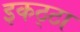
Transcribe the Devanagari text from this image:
इकठ्‍ठा